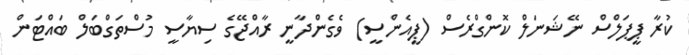
ކުރާ ޕީޕަލްސް ނޭޝަނަލް ކޮންގްރެސް (ޕީއެންސީ) ވެގެންދާނީ ރާއްޖޭގެ ސިޔާސީ މުސްތަގްބަލް ބައްޓަން